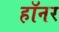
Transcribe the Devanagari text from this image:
हॉनर